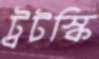
ট্রটস্কি